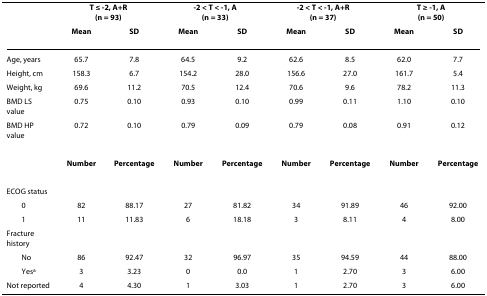
<table><thead><tr><td></td><td colspan="2"><b>T ≤ -2, A+R(n = 93)</b></td><td colspan="2"><b>-2 &lt; T &lt; -1, A(n = 33)</b></td><td colspan="2"><b>-2 &lt; T &lt; -1, A+R(n = 37)</b></td><td colspan="2"><b>T ≥ -1, A(n = 50)</b></td></tr><tr><td></td><td><b>Mean</b></td><td><b>SD</b></td><td><b>Mean</b></td><td><b>SD</b></td><td><b>Mean</b></td><td><b>SD</b></td><td><b>Mean</b></td><td><b>SD</b></td></tr></thead><tbody><tr><td>Age, years</td><td>65.7</td><td>7.8</td><td>64.5</td><td>9.2</td><td>62.6</td><td>8.5</td><td>62.0</td><td>7.7</td></tr><tr><td>Height, cm</td><td>158.3</td><td>6.7</td><td>154.2</td><td>28.0</td><td>156.6</td><td>27.0</td><td>161.7</td><td>5.4</td></tr><tr><td>Weight, kg</td><td>69.6</td><td>11.2</td><td>70.5</td><td>12.4</td><td>70.6</td><td>9.6</td><td>78.2</td><td>11.3</td></tr><tr><td>BMD LS value</td><td>0.75</td><td>0.10</td><td>0.93</td><td>0.10</td><td>0.99</td><td>0.11</td><td>1.10</td><td>0.10</td></tr><tr><td>BMD HP value</td><td>0.72</td><td>0.10</td><td>0.79</td><td>0.09</td><td>0.79</td><td>0.08</td><td>0.91</td><td>0.12</td></tr><tr><td></td><td><b>Number</b></td><td><b>Percentage</b></td><td><b>Number</b></td><td><b>Percentage</b></td><td><b>Number</b></td><td><b>Percentage</b></td><td><b>Number</b></td><td><b>Percentage</b></td></tr><tr><td>ECOG status</td><td></td><td></td><td></td><td></td><td></td><td></td><td></td><td></td></tr><tr><td> 0</td><td>82</td><td>88.17</td><td>27</td><td>81.82</td><td>34</td><td>91.89</td><td>46</td><td>92.00</td></tr><tr><td> 1</td><td>11</td><td>11.83</td><td>6</td><td>18.18</td><td>3</td><td>8.11</td><td>4</td><td>8.00</td></tr><tr><td>Fracture history</td><td></td><td></td><td></td><td></td><td></td><td></td><td></td><td></td></tr><tr><td> No</td><td>86</td><td>92.47</td><td>32</td><td>96.97</td><td>35</td><td>94.59</td><td>44</td><td>88.00</td></tr><tr><td> Yes<sup>a</sup></td><td>3</td><td>3.23</td><td>0</td><td>0.0</td><td>1</td><td>2.70</td><td>3</td><td>6.00</td></tr><tr><td>Not reported</td><td>4</td><td>4.30</td><td>1</td><td>3.03</td><td>1</td><td>2.70</td><td>3</td><td>6.00</td></tr></tbody></table>